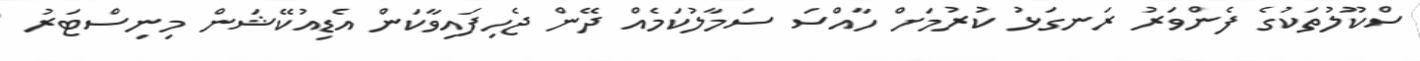
ސްކޫލުތަކުގެ ފެންވަރު ރަނގަޅު ކުރުމަށް ހާއްސަ ސަމާލުކަމެއް ދޭން ޖެހިފައިވާކަން އެޑިއުކޭޝަން މިނިސްޓަރު